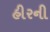
હીરની